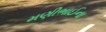
મણીભાઈના